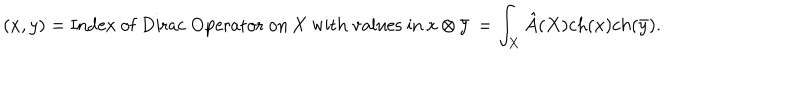
LaTeX: ( x , y ) = \mathrm { I n d e x \ o f \ D i r a c \ O p e r a t o r \ o n \ X \ w i t h \ v a l u e s \ i n \ x \otimes \bar { y } } \, = \int _ { X } \hat { A } ( X ) c h ( x ) c h ( \bar { y } ) .